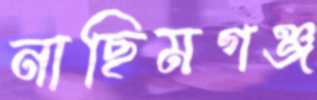
নাছিমগঞ্জ